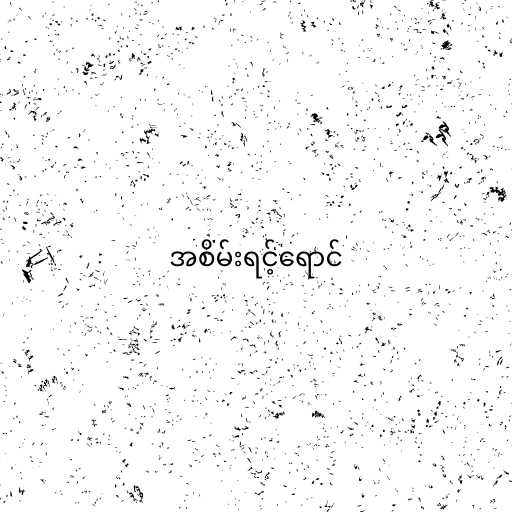
အစိမ်းရင့်ရောင်